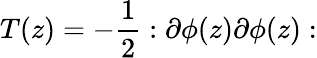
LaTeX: T(z)=-\frac{1}{2}:\partial\phi(z)\partial\phi(z):